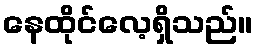
နေထိုင်လေ့ရှိသည်။